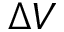
\Delta V